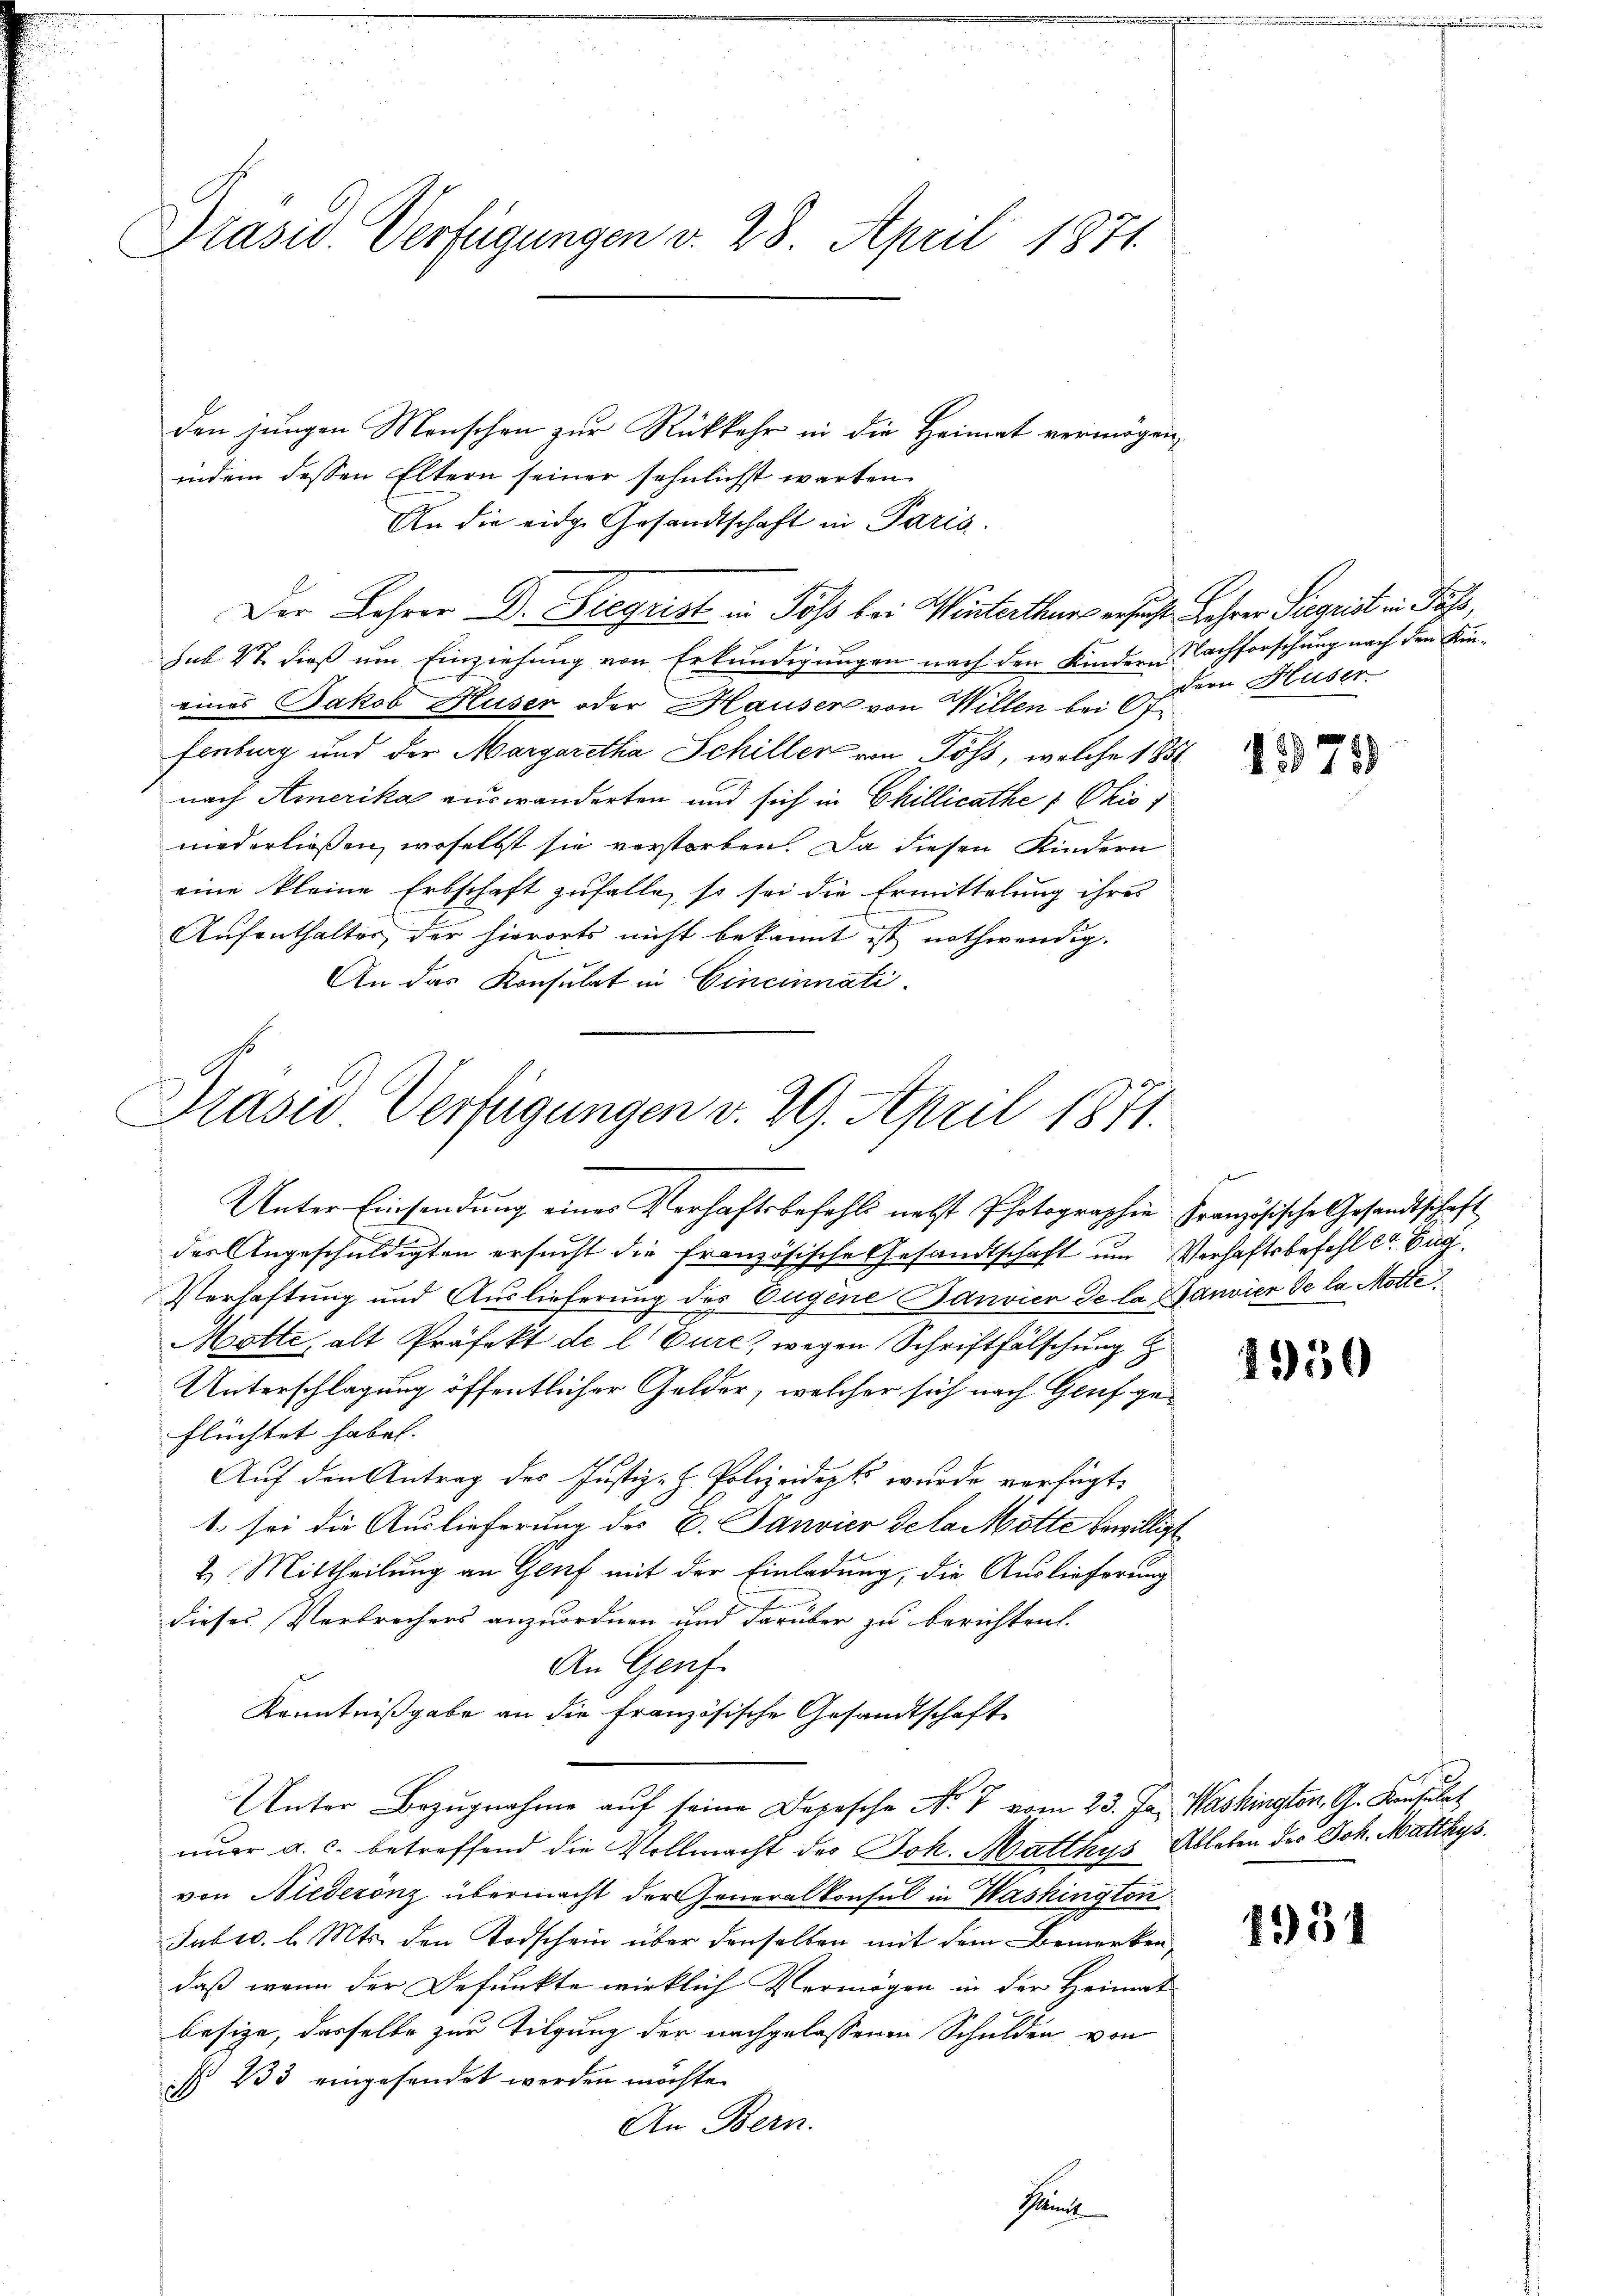
Präsid. Verfügungen v. 28. April 1871.

den jungen Menschen zur Rückkehr in die Heimat vermögen,
indem dessen Eltern seiner sehnlichst warten
An die eidge Gesandtschaft in Paris.
Der Lehrer D. Diegrist in Töß bei Winterthurs ersuchte Jahrer Sigrist in Pass,
sub 27. dieß um Einziehung von Erkundigungen nach den Kindern Nachforschung nach den Kineines Jakob Huser oder Hauser von Willen bei Ot
fenburg und der Margaretha Schiller von Pöss, welche 185
nach Amerika auswanderten und sich in Chillicathe 1 Ohio 1
niederließen, woselbst sie verstorben. Da diesen Kindern
eine kleine Erbschaft zufalle, so sei die Ermittelung ihres
Aufenthalter der hierorts nicht bekannt ist nothwendig.
An das Konsulat in Cincinnati

Präsid Verfügungen v. 29. April 1871.
Unter Einsendung einer Verhaftsbefehls nebst Photographie französische Gesandtschaft

dern Huser

der Angeschuldigten ersucht die französische Gesandtschaft um Verhaftsbefehl Ct. Zug.
Verhaftung und Auslieferung des Eugene Janvien de la Hanvier de la Motte
Motte, alt Präfekt de l. Eure, wegen Schriftfälschung z
Unterschlagung öffentlicher Gelder, welcher sich nach Genf geflüchtet haben.
Auf den Antrag des Justiz- H. Polizeidepts wurde verfügt:
1. sei die Auslieferung des E. Janvier de la Mötte bewilligt
2. Mittheilung an Genf mit der Einladung, die Auslieferung
dieses Verbrechers anzuordnen und darüber zu berichten.
An Genf.
Kenntnißgabe an die Französische Gesandtschaft
Unter Bezŭgnahme aŭf seine Depesche No 7 vom 23. Ja. Washingten, G. Konsulat
nuer a. c. betreffend die Vollmacht des Joh. Matthys Ableben des Joh. Matthys
von Niederönz übermacht der Generalkonsul in Washington
Jubsc. l. Mts. den Todschein über denselben mit dem Bemerken,
daß wenn der Befunkte wirklich Vermögen in der Heimat
besize, dasselbe zur Tilgung der nachgelassenen Schulden von
§ 233 eingesendet werden möchte.
An Bern.
Prunte

1575

ee

1550

1931